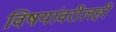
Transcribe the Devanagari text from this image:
विषयांवरीलही